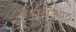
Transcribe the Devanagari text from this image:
बाळाभाऊपेठ